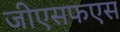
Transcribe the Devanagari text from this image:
जीएसफएस